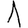
Digit: 1